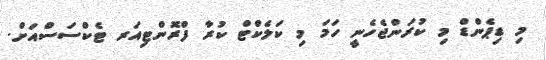
މި ޑިޕެންޑް މި ކުރަންޖެހެނީ ހަމަ މި ކަލެކްޓް ކުރާ ފްރޮންޓިއަރ ޓެކްސަސްއަށް.